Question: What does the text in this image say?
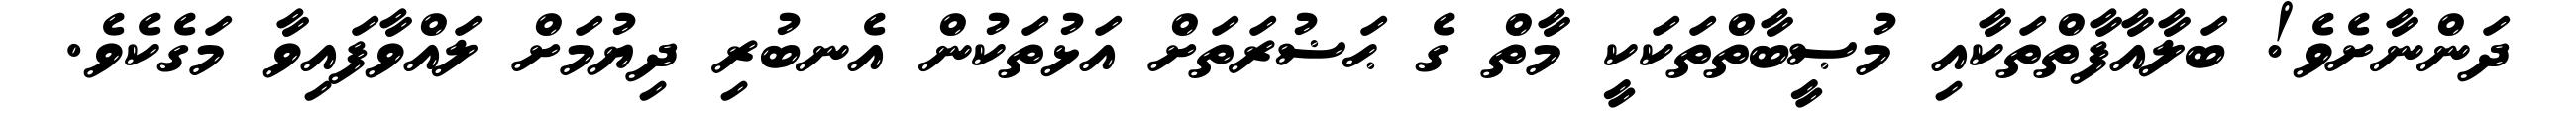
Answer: ދަންނާށެވެ! ބަލާއާފާތްތަކާއި މުޞީބާތްތަކަކީ މާތް ގެ ޙަޟުރަތަށް އަޅުތަކުން އެނބުރި ދިޔުމަށް ލައްވާފައިވާ މަގެކެވެ.